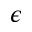
\epsilon